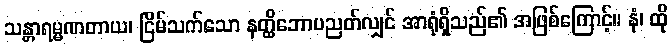
သန္တာရမ္မဏတာယ၊ ငြိမ်သက်သော နတ္ထိဘောပညတ်လျှင် အာရုံရှိသည်၏ အဖြစ်ကြောင့်။ နံ၊ ထို